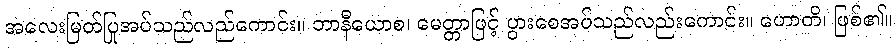
အလေးမြတ်ပြုအပ်သည်လည်ကောင်း။ ဘာနီယောစ၊ မေတ္တာဖြင့် ပွားစေအပ်သည်လည်းကောင်း။ ဟောတိ၊ ဖြစ်၏။